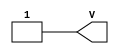
/*
 *  yosys -- Yosys Open SYnthesis Suite
 *
 *  Copyright (C) 2012  Clifford Wolf <clifford@clifford.at>
 *
 *  Permission to use, copy, modify, and/or distribute this software for any
 *  purpose with or without fee is hereby granted, provided that the above
 *  copyright notice and this permission notice appear in all copies.
 *
 *  THE SOFTWARE IS PROVIDED "AS IS" AND THE AUTHOR DISCLAIMS ALL WARRANTIES
 *  WITH REGARD TO THIS SOFTWARE INCLUDING ALL IMPLIED WARRANTIES OF
 *  MERCHANTABILITY AND FITNESS. IN NO EVENT SHALL THE AUTHOR BE LIABLE FOR
 *  ANY SPECIAL, DIRECT, INDIRECT, OR CONSEQUENTIAL DAMAGES OR ANY DAMAGES
 *  WHATSOEVER RESULTING FROM LOSS OF USE, DATA OR PROFITS, WHETHER IN AN
 *  ACTION OF CONTRACT, NEGLIGENCE OR OTHER TORTIOUS ACTION, ARISING OUT OF
 *  OR IN CONNECTION WITH THE USE OR PERFORMANCE OF THIS SOFTWARE.
 *
 */

module VCC (output V);
   assign V = 1'b1;
endmodule // VCC

module GND (output G);
   assign G = 1'b0;
endmodule // GND

/* Altera MAX10 devices Input Buffer Primitive */
module fiftyfivenm_io_ibuf
  (output o, input i, input ibar);
   assign ibar = ibar;
   assign o    = i;
endmodule // fiftyfivenm_io_ibuf

/* Altera MAX10 devices Output Buffer Primitive */
module fiftyfivenm_io_obuf
  (output o, input i, input oe);
   assign o  = i;
   assign oe = oe;
endmodule // fiftyfivenm_io_obuf

/* Altera MAX10 4-input non-fracturable LUT Primitive */
module fiftyfivenm_lcell_comb
  (output combout, cout,
   input dataa, datab, datac, datad, cin);

   /* Internal parameters which define the behaviour
    of the LUT primitive.
    lut_mask define the lut function, can be expressed in 16-digit bin or hex.
    sum_lutc_input define the type of LUT (combinational | arithmetic).
    dont_touch for retiming || carry options.
    lpm_type for WYSIWYG */

   parameter lut_mask = 16'hFFFF;
   parameter dont_touch = "off";
   parameter lpm_type = "fiftyfivenm_lcell_comb";
   parameter sum_lutc_input = "datac";

   reg [1:0] lut_type;
   reg       cout_rt;
   reg       combout_rt;
   wire      dataa_w;
   wire      datab_w;
   wire      datac_w;
   wire      datad_w;
   wire      cin_w;

   assign dataa_w = dataa;
   assign datab_w = datab;
   assign datac_w = datac;
   assign datad_w = datad;

   function lut_data;
      input [15:0] mask;
      input        dataa, datab, datac, datad;
      reg [7:0]    s3;
      reg [3:0]    s2;
      reg [1:0]    s1;
      begin
         s3 = datad ? mask[15:8] : mask[7:0];
         s2 = datac ?   s3[7:4]  :   s3[3:0];
         s1 = datab ?   s2[3:2]  :   s2[1:0];
         lut_data = dataa ? s1[1] : s1[0];
      end

   endfunction

   initial begin
      if (sum_lutc_input == "datac") lut_type = 0;
      else
        if (sum_lutc_input == "cin")   lut_type = 1;
        else begin
           $error("Error in sum_lutc_input. Parameter %s is not a valid value.\n", sum_lutc_input);
           $finish();
        end
   end

   always @(dataa_w or datab_w or datac_w or datad_w or cin_w) begin
      if (lut_type == 0) begin // logic function
         combout_rt = lut_data(lut_mask, dataa_w, datab_w,
                               datac_w, datad_w);
      end
      else if (lut_type == 1) begin // arithmetic function
         combout_rt = lut_data(lut_mask, dataa_w, datab_w,
                               cin_w, datad_w);
      end
      cout_rt = lut_data(lut_mask, dataa_w, datab_w, cin_w, 'b0);
   end

   assign combout = combout_rt & 1'b1;
   assign cout = cout_rt & 1'b1;

endmodule // fiftyfivenm_lcell_comb

/* Altera D Flip-Flop Primitive */
module dffeas
  (output q,
   input d, clk, clrn, prn, ena,
   input asdata, aload, sclr, sload);

   // Timing simulation is not covered
   parameter power_up="dontcare";
   parameter is_wysiwyg="false";

   reg   q_tmp;
   wire  reset;
   reg [7:0] debug_net;

   assign reset       = (prn && sclr && ~clrn && ena);
   assign q           = q_tmp & 1'b1;

   always @(posedge clk, posedge aload) begin
      if(reset)        q_tmp <= 0;
      else q_tmp <= d;
   end
   assign q = q_tmp;

endmodule // dffeas

/* MAX10 altpll clearbox model */
(* blackbox *)
module fiftyfivenm_pll
  (inclk,
   fbin,
   fbout,
   clkswitch,
   areset,
   pfdena,
   scanclk,
   scandata,
   scanclkena,
   configupdate,
   clk,
   phasecounterselect,
   phaseupdown,
   phasestep,
   clkbad,
   activeclock,
   locked,
   scandataout,
   scandone,
   phasedone,
   vcooverrange,
   vcounderrange);

   parameter operation_mode                = "normal";
   parameter pll_type                      = "auto";
   parameter compensate_clock              = "clock0";
   parameter inclk0_input_frequency        = 0;
   parameter inclk1_input_frequency        = 0;
   parameter self_reset_on_loss_lock       = "off";
   parameter switch_over_type              = "auto";
   parameter switch_over_counter           = 1;
   parameter enable_switch_over_counter    = "off";
   parameter bandwidth                     = 0;
   parameter bandwidth_type                = "auto";
   parameter use_dc_coupling               = "false";
   parameter lock_high = 0;
   parameter lock_low = 0;
   parameter lock_window_ui                = "0.05";
   parameter test_bypass_lock_detect       = "off";
   parameter clk0_output_frequency         = 0;
   parameter clk0_multiply_by              = 0;
   parameter clk0_divide_by                = 0;
   parameter clk0_phase_shift              = "0";
   parameter clk0_duty_cycle               = 50;
   parameter clk1_output_frequency         = 0;
   parameter clk1_multiply_by              = 0;
   parameter clk1_divide_by                = 0;
   parameter clk1_phase_shift              = "0";
   parameter clk1_duty_cycle               = 50;
   parameter clk2_output_frequency         = 0;
   parameter clk2_multiply_by              = 0;
   parameter clk2_divide_by                = 0;
   parameter clk2_phase_shift              = "0";
   parameter clk2_duty_cycle               = 50;
   parameter clk3_output_frequency         = 0;
   parameter clk3_multiply_by              = 0;
   parameter clk3_divide_by                = 0;
   parameter clk3_phase_shift              = "0";
   parameter clk3_duty_cycle               = 50;
   parameter clk4_output_frequency         = 0;
   parameter clk4_multiply_by              = 0;
   parameter clk4_divide_by                = 0;
   parameter clk4_phase_shift              = "0";
   parameter clk4_duty_cycle               = 50;
   parameter pfd_min                       = 0;
   parameter pfd_max                       = 0;
   parameter vco_min                       = 0;
   parameter vco_max                       = 0;
   parameter vco_center                    = 0;
   // Advanced user parameters
   parameter m_initial = 1;
   parameter m = 0;
   parameter n = 1;
   parameter c0_high = 1;
   parameter c0_low = 1;
   parameter c0_initial = 1;
   parameter c0_mode = "bypass";
   parameter c0_ph = 0;
   parameter c1_high = 1;
   parameter c1_low = 1;
   parameter c1_initial = 1;
   parameter c1_mode = "bypass";
   parameter c1_ph = 0;
   parameter c2_high = 1;
   parameter c2_low = 1;
   parameter c2_initial = 1;
   parameter c2_mode = "bypass";
   parameter c2_ph = 0;
   parameter c3_high = 1;
   parameter c3_low = 1;
   parameter c3_initial = 1;
   parameter c3_mode = "bypass";
   parameter c3_ph = 0;
   parameter c4_high = 1;
   parameter c4_low = 1;
   parameter c4_initial = 1;
   parameter c4_mode = "bypass";
   parameter c4_ph = 0;
   parameter m_ph = 0;
   parameter clk0_counter = "unused";
   parameter clk1_counter = "unused";
   parameter clk2_counter = "unused";
   parameter clk3_counter = "unused";
   parameter clk4_counter = "unused";
   parameter c1_use_casc_in = "off";
   parameter c2_use_casc_in = "off";
   parameter c3_use_casc_in = "off";
   parameter c4_use_casc_in = "off";
   parameter m_test_source  = -1;
   parameter c0_test_source = -1;
   parameter c1_test_source = -1;
   parameter c2_test_source = -1;
   parameter c3_test_source = -1;
   parameter c4_test_source = -1;
   parameter vco_multiply_by = 0;
   parameter vco_divide_by = 0;
   parameter vco_post_scale = 1;
   parameter vco_frequency_control = "auto";
   parameter vco_phase_shift_step = 0;
   parameter charge_pump_current = 10;
   parameter loop_filter_r = "1.0";
   parameter loop_filter_c = 0;
   parameter pll_compensation_delay = 0;
   parameter lpm_type = "fiftyfivenm_pll";
   parameter phase_counter_select_width = 3;

   input [1:0] inclk;
   input       fbin;
   input       clkswitch;
   input       areset;
   input       pfdena;
   input [phase_counter_select_width - 1:0] phasecounterselect;
   input                                    phaseupdown;
   input                                    phasestep;
   input                                    scanclk;
   input                                    scanclkena;
   input                                    scandata;
   input                                    configupdate;
   output [4:0]                             clk;
   output [1:0]                             clkbad;
   output                                   activeclock;
   output                                   locked;
   output                                   scandataout;
   output                                   scandone;
   output                                   fbout;
   output                                   phasedone;
   output                                   vcooverrange;
   output                                   vcounderrange;

endmodule // cycloneive_pll